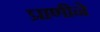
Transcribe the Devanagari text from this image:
प्राणीने